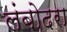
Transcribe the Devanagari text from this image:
लंबोदरा